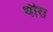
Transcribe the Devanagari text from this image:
थीरा